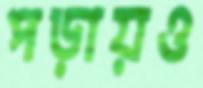
পড়ায়ও